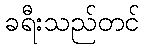
ခရီးသည်တင်